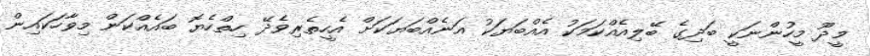
މީދޫ މީހުންނަކީ ބަދިގެ ބޭލިއެއްކަމަކު އެއްބަޔަކު އަނެއްބަޔަކަށް އެހީތެރިވެދޭ ހިތްހެޔޮ ބައެއްކަން މިވާހަކައިން